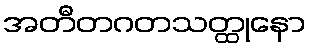
အတီတဂတသတ္ထုနော